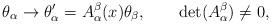
LaTeX: \begin{align*}\theta_\alpha \rightarrow \theta_\alpha ^{\prime }=A_\alpha^\beta (x)\theta_\beta ,\qquad \det (A_\alpha^\beta )\neq 0,\end{align*}